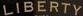
LIBERTY